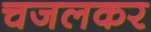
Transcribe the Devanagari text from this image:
चजलकर